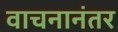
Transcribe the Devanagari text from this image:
वाचनानंतर